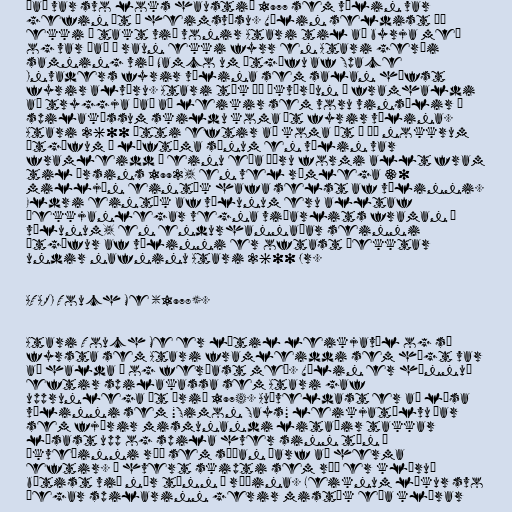
Það var svo loks haustið 1977 sem vélin var
gefin út á heimsvísu. Vélin seldist þó
ekki í takt við vonir Atari til að byrja með
og var það í raun ekki fyrr en Atari gerði
samning við Namco um útgáfu af Space
Invaders fyrir vélina sem salan hófst
fyrir alvöru. Atari tók þá ákvörðun í framhaldi
að tryggja það að leikir sem voru vinsælir í
spilakössum skildu koma út fyrir vélina.
Atari 2600 átti eftir að koma út í þó nokkrum
útgáfum á líftíma sínum en vélin var
framleidd í einu eða öðru formi allt fram
til ársins 1992, en vel rúmlega 30
milljón eintök hafa selst af vélinni.
Eldri eintök af vélunum eru alltaf
þekkjanlegar vegna viðarlits framan á
vélunum, en endurhannaðar seinni
útgáfur af vélinni er oftast þekktar
undir nafninu Atari 2600 Jr.

ATARI Touch Me (1978).

Atari Touch Me er lítil leikjavél og sú
fyrsta sem Atari framleiddi sem hægt var
að halda á og ferðast með. Vélin er hönnuð
eftir spilakassa sem Atari gaf
upprunlega út árið 1974. Auðveldast er að lýsa
vélinni sem "Simon Says" leikjatölvu þar
sem fjórir mismunandi litaðir takkar
lýsast upp og spila hver sinn tón í
ákveðinni röð sem síðan þarf að herma
eftir. Í hvert skipti sem röð er kláruð
bætist við nýr tónn í röðina. Leiknum lýkur svo
þegar spilarinn gerir mistök eða klárar